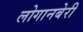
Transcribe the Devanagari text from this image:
लोगानबेरी